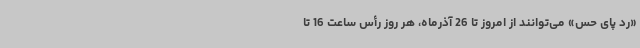
«رد پای حس» می‌توانند از امروز تا 26 آذرماه، هر روز رأس ساعت 16 تا